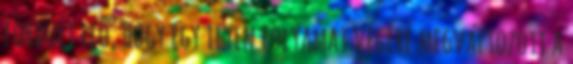
fordult elő, hogy egy ilyen folyamat végére megváltozott a